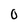
Character: O